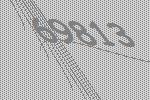
69813